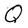
Character: Q